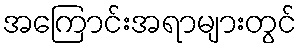
အကြောင်းအရာများတွင်